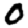
Digit: 0